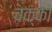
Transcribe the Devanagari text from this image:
चक्को